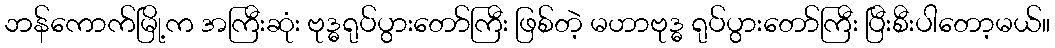
ဘန်ကောက်မြို့က အကြီးဆုံး ဗုဒ္ဓရုပ်ပွားတော်ကြီး ဖြစ်တဲ့ မဟာဗုဒ္ဓ ရုပ်ပွားတော်ကြီး ပြီးစီးပါတော့မယ်။